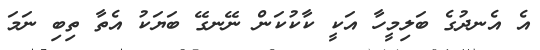
އެ އެނދުގެ ބަލިމީހާ އަކީ ކާކުކަން ނޭނގޭ ބަޔަކު އެތާ ތިބި ނަމަ